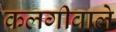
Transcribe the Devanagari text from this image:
कलगीवाले